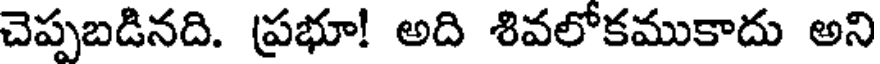
చెప్పబడినది. ప్రభూ! అది శివలోకముకాదు అని